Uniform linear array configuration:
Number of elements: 48
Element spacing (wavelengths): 0.25
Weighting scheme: hamming
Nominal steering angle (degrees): -45
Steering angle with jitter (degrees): -43.124
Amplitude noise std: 0.05
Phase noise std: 0.05

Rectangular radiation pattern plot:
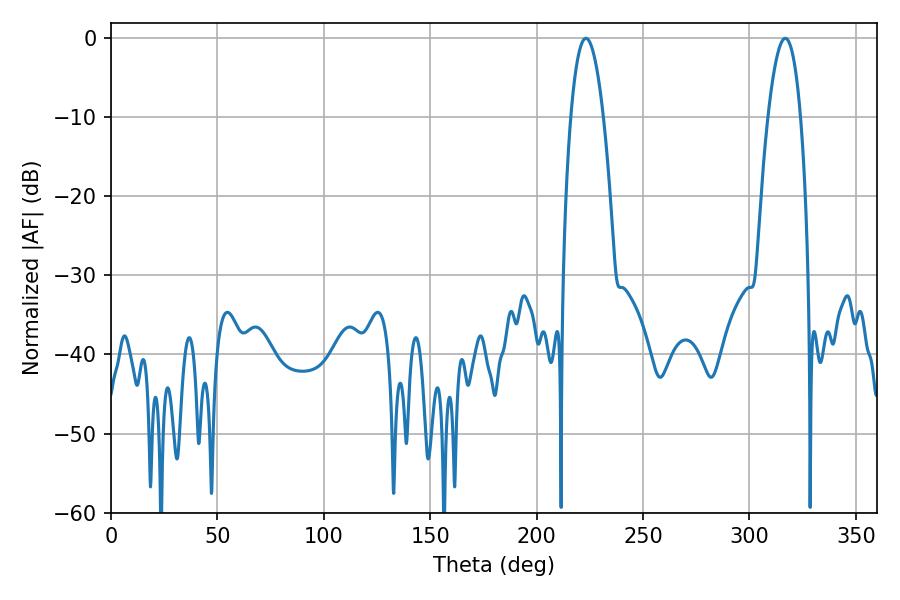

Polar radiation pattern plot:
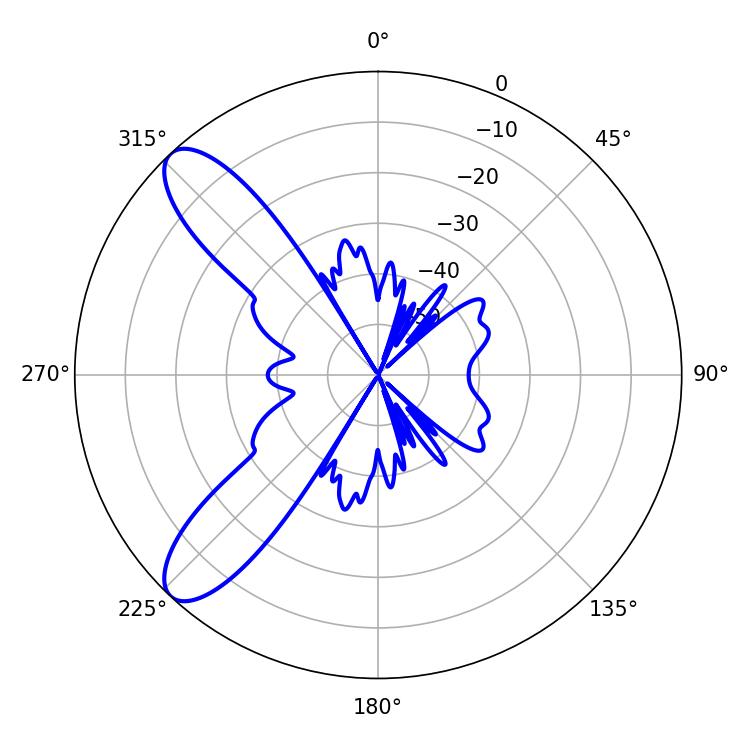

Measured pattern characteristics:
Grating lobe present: FALSE
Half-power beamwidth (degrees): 8.46
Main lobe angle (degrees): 223.2